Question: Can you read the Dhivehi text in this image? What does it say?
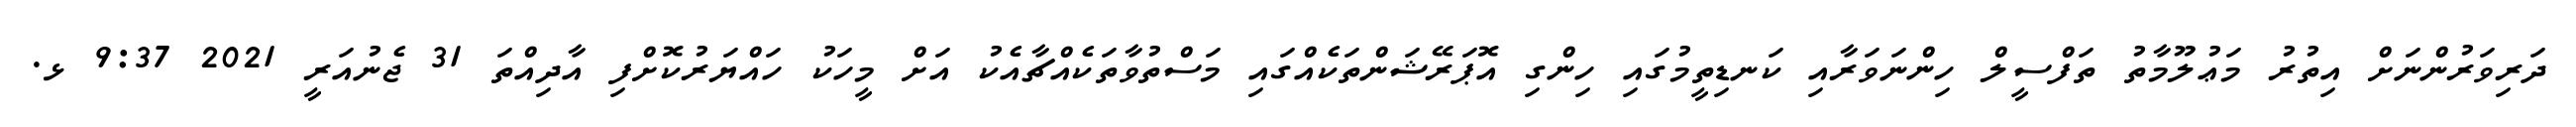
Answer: ދަރިވަރުންނަށް އިތުރު މަޢުލޫމާތު ތަފްސީލް ހިންނަވަރާއި ކަނޑިތީމުގައި ހިންގި އޮޕަރޭޝަންތަކެއްގައި މަސްތުވާތަކެއްޗާއެކު އަށް މީހަކު ހައްޔަރުކޮށްފި އާދިއްތަ 31 ޖެނުއަރީ 2021 9:37 ޅ.